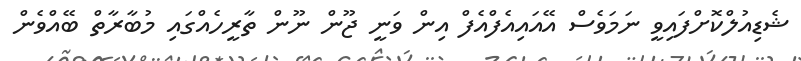
ޝެޑިއުލްކޮށްފައިވީ ނަމަވެސް އޭއައިއެފްއެފް އިން ވަނީ ޖޫން ނޫން ތާރީހެއްގައި މުބާރާތް ބޭއްވެން